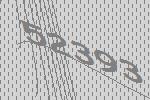
52393